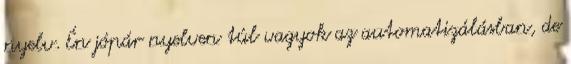
nyelv. Én jópár nyelven túl vagyok az automatizálásban, de